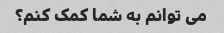
می توانم به شما کمک کنم؟